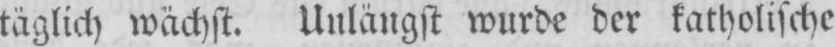
täglich wächst. Unlängst wurde der katholische